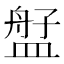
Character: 𬐫